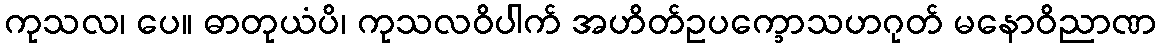
ကုသလ၊ ပေ။ ဓာတုယံပိ၊ ကုသလဝိပါက် အဟိတ်ဥပက္ခောသဟဂုတ် မနောဝိညာဏ